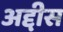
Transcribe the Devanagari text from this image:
अद्दीस